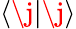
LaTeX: \langle\j\lvert\j\rangle